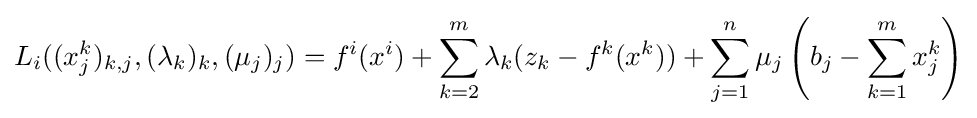
L_{i}((x_{j}^{k})_{k,j},(\lambda _{k})_{k},(\mu _{j})_{j})=f^{i}(x^{i})+\sum _{k=2}^{m}\lambda _{k}(z_{k}-f^{k}(x^{k}))+\sum _{j=1}^{n}\mu _{j}\left(b_{j}-\sum _{k=1}^{m}x_{j}^{k}\right)